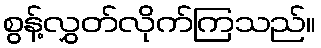
စွန့်လွှတ်လိုက်ကြသည်။